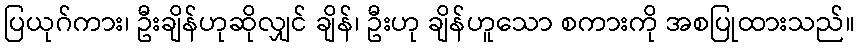
ပြယုဂ်ကား၊ ဦးချိန်ဟုဆိုလျှင် ချိန်၊ ဦးဟု ချိန်ဟူသော စကားကို အစပြုထားသည်။